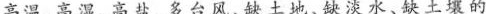
高温、高湿、高盐、多台风、缺土地、缺淡水、缺土壤的